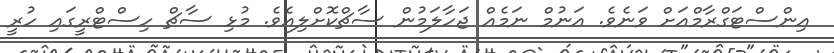
އިންސްޓަގްރާމްއަށް ވަނެވެ. އަނުމް ނަމެއް ޖަހާލަމުން ސާޗްކޮށްލިއެވެ. މުޅި ސާޗް ހިސްޓްރީގައި ހުރީ